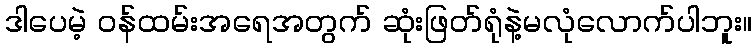
ဒါပေမဲ့ ဝန်ထမ်းအရေအတွက် ဆုံးဖြတ်ရုံနဲ့မလုံလောက်ပါဘူး။